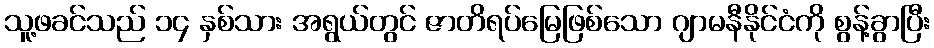
သူ့ဖခင်သည် ၁၄ နှစ်သား အရွယ်တွင် ဇာတိရပ်မြေဖြစ်သော ဂျာမနီနိုင်ငံကို စွန့်ခွာပြီး